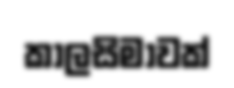
කාලසිමාවක්